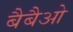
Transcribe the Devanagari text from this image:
बैबैओ